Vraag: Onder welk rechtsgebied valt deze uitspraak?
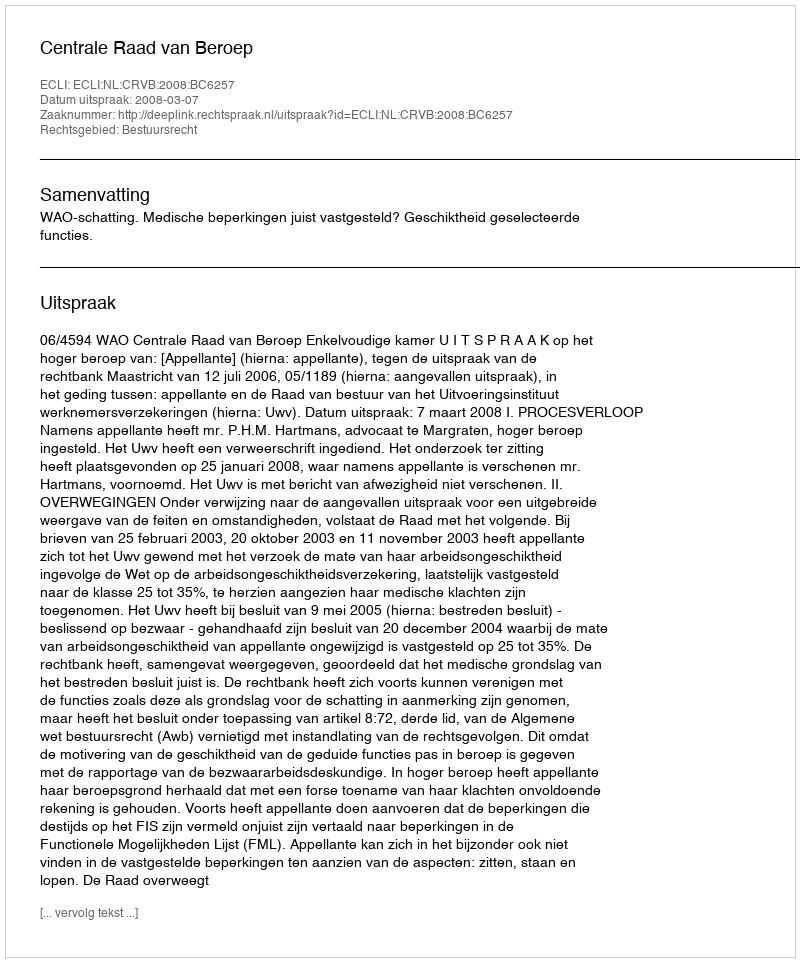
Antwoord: Bestuursrecht